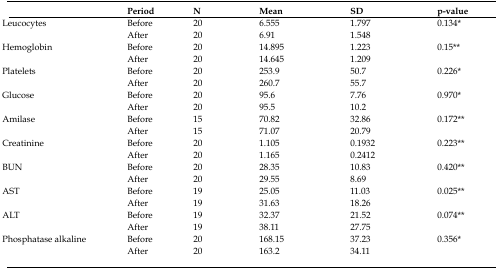
<table><thead><tr><td><b> </b></td><td><b>Period</b></td><td><b>N</b></td><td><b>Mean</b></td><td><b>SD</b></td><td><b>p-value</b></td></tr></thead><tbody><tr><td>Leucocytes</td><td>Before</td><td>20</td><td>6.555</td><td>1.797</td><td>0.134*</td></tr><tr><td> </td><td>After</td><td>20</td><td>6.91</td><td>1.548</td><td> </td></tr><tr><td>Hemoglobin</td><td>Before</td><td>20</td><td>14.895</td><td>1.223</td><td>0.15**</td></tr><tr><td> </td><td>After</td><td>20</td><td>14.645</td><td>1.209</td><td> </td></tr><tr><td>Platelets</td><td>Before</td><td>20</td><td>253.9</td><td>50.7</td><td>0.226*</td></tr><tr><td> </td><td>After</td><td>20</td><td>260.7</td><td>55.7</td><td> </td></tr><tr><td>Glucose</td><td>Before</td><td>20</td><td>95.6</td><td>7.76</td><td>0.970*</td></tr><tr><td> </td><td>After</td><td>20</td><td>95.5</td><td>10.2</td><td> </td></tr><tr><td>Amilase</td><td>Before</td><td>15</td><td>70.82</td><td>32.86</td><td>0.172**</td></tr><tr><td> </td><td>After</td><td>15</td><td>71.07</td><td>20.79</td><td> </td></tr><tr><td>Creatinine</td><td>Before</td><td>20</td><td>1.105</td><td>0.1932</td><td>0.223**</td></tr><tr><td> </td><td>After</td><td>20</td><td>1.165</td><td>0.2412</td><td> </td></tr><tr><td>BUN</td><td>Before</td><td>20</td><td>28.35</td><td>10.83</td><td>0.420**</td></tr><tr><td> </td><td>After</td><td>20</td><td>29.55</td><td>8.69</td><td> </td></tr><tr><td>AST</td><td>Before</td><td>19</td><td>25.05</td><td>11.03</td><td>0.025**</td></tr><tr><td> </td><td>After</td><td>19</td><td>31.63</td><td>18.26</td><td> </td></tr><tr><td>ALT</td><td>Before</td><td>19</td><td>32.37</td><td>21.52</td><td>0.074**</td></tr><tr><td> </td><td>After</td><td>19</td><td>38.11</td><td>27.75</td><td> </td></tr><tr><td>Phosphatase alkaline</td><td>Before</td><td>20</td><td>168.15</td><td>37.23</td><td>0.036*</td></tr><tr><td> </td><td>After</td><td>20</td><td>163.2</td><td>34.11</td><td> </td></tr></tbody></table>